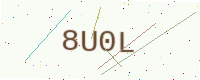
Text: 8U0L